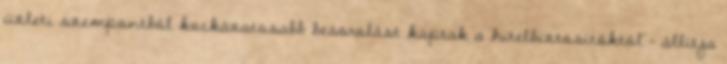
üzleti szempontból kockázatosabb besorolást kaptak a hitelbiztosítóktól - állítja